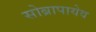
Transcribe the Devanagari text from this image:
सोब्रापायेव